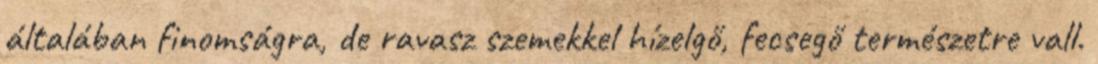
általában finomságra, de ravasz szemekkel hízelgő, fecsegő természetre vall.